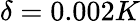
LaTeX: \delta=0.002K